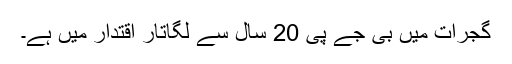
گجرات میں بی جے پی 20 سال سے لگاتار اقتدار میں ہے۔